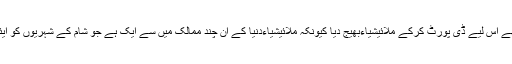
متحدہ عرب امارات نے مجھے اس لیے ڈی پورٹ کرکے ملائیشیاءبھیج دیا کیونکہ ملائیشیاءدنیا کے ان چند ممالک میں سے ایک ہے جو شام کے شہریوں کو ایئرپورٹ آمد پر ویزہ دیتا ہے۔